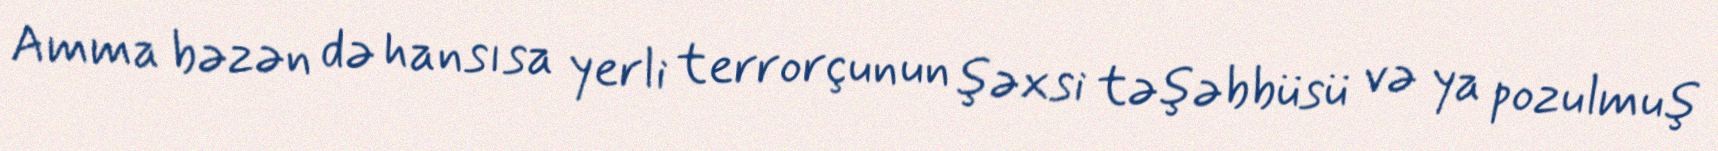
Amma bəzən də hansısa yerli terrorçunun şəxsi təşəbbüsü və ya pozulmuş